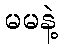
မမနဲ့